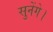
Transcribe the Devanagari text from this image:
सुनेंगे।